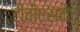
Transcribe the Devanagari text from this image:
टीवीएसनेट